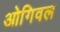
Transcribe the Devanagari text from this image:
ओगिवल